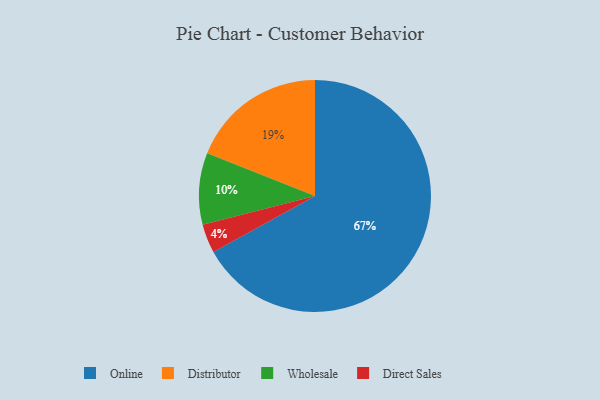
{"axis": {"x": "Category", "y": "Percentage"}, "legend": ["Direct Sales", "Distributor", "Online", "Wholesale"], "data": [{"x": "Online", "y": 67, "type": "Online"}, {"x": "Wholesale", "y": 10, "type": "Wholesale"}, {"x": "Direct Sales", "y": 4, "type": "Direct Sales"}, {"x": "Distributor", "y": 19, "type": "Distributor"}]}